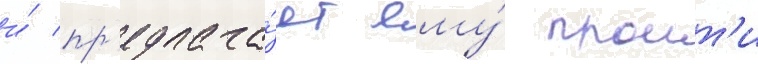
и́ пр'едлага́ет ему́ проит'и